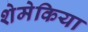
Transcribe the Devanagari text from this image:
शेमेकिया